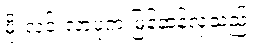
မိုးလင်းလာပုံက မြန်ဆန်လှသည်။